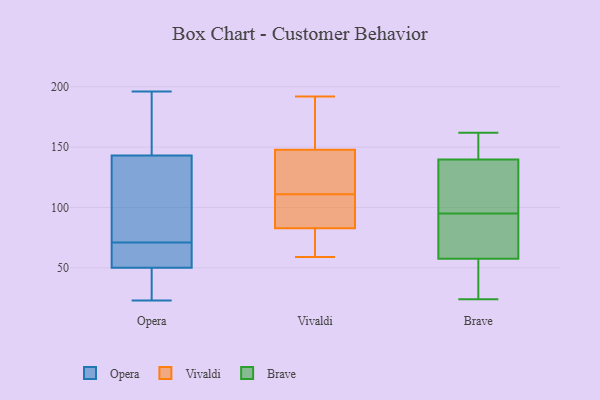
{"axis": {"x": "Market Share (%)", "y": "Value"}, "legend": ["Brave", "Opera", "Vivaldi"], "data": [{"x": "", "y": 32, "type": "Opera"}, {"x": "", "y": 57, "type": "Opera"}, {"x": "", "y": 83, "type": "Opera"}, {"x": "", "y": 126, "type": "Opera"}, {"x": "", "y": 196, "type": "Opera"}, {"x": "", "y": 60, "type": "Opera"}, {"x": "", "y": 42, "type": "Opera"}, {"x": "", "y": 175, "type": "Opera"}, {"x": "", "y": 82, "type": "Opera"}, {"x": "", "y": 50, "type": "Opera"}, {"x": "", "y": 143, "type": "Opera"}, {"x": "", "y": 189, "type": "Opera"}, {"x": "", "y": 51, "type": "Opera"}, {"x": "", "y": 23, "type": "Opera"}, {"x": "", "y": 81, "type": "Vivaldi"}, {"x": "", "y": 153, "type": "Vivaldi"}, {"x": "", "y": 89, "type": "Vivaldi"}, {"x": "", "y": 141, "type": "Vivaldi"}, {"x": "", "y": 192, "type": "Vivaldi"}, {"x": "", "y": 149, "type": "Vivaldi"}, {"x": "", "y": 111, "type": "Vivaldi"}, {"x": "", "y": 59, "type": "Vivaldi"}, {"x": "", "y": 69, "type": "Vivaldi"}, {"x": "", "y": 144, "type": "Vivaldi"}, {"x": "", "y": 88, "type": "Vivaldi"}, {"x": "", "y": 124, "type": "Brave"}, {"x": "", "y": 59, "type": "Brave"}, {"x": "", "y": 43, "type": "Brave"}, {"x": "", "y": 57, "type": "Brave"}, {"x": "", "y": 107, "type": "Brave"}, {"x": "", "y": 162, "type": "Brave"}, {"x": "", "y": 95, "type": "Brave"}, {"x": "", "y": 145, "type": "Brave"}, {"x": "", "y": 80, "type": "Brave"}, {"x": "", "y": 24, "type": "Brave"}, {"x": "", "y": 162, "type": "Brave"}]}